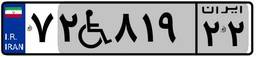
۴۶W۴۷۴۲۱